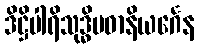
ဒိဋ္ဌိပါရိသုဒ္ဓိပဓာနိယင်္ဂေန